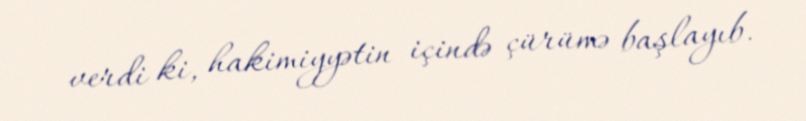
verdi ki, hakimiyyətin içində çürümə başlayıb.